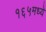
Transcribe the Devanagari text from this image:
१६५मध्ये